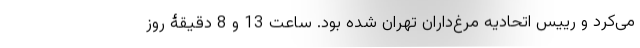
می‌کرد و رییس اتحادیه مرغ‌داران تهران شده بود. ساعت 13 و 8 دقیقۀ روز